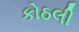
કોઠલી